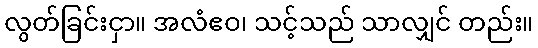
လွတ်ခြင်းငှာ။ အလံဧဝ၊ သင့်သည် သာလျှင် တည်း။